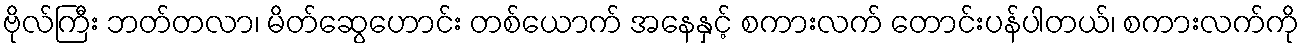
ဗိုလ်ကြီး ဘတ်တလာ၊ မိတ်ဆွေဟောင်း တစ်ယောက် အနေနှင့် စကားလက် တောင်းပန်ပါတယ်၊ စကားလက်ကို